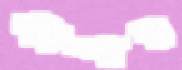
স্টাম্পার